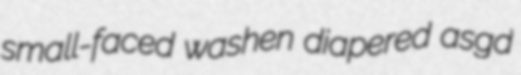
small-faced washen diapered asgd